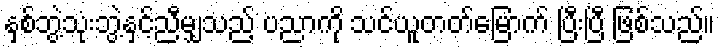
နှစ်ဘွဲ့သုံးဘွဲ့နှင့်ညီမျှသည့် ပညာကို သင်ယူတတ်မြောက် ပြီးပြီ ဖြစ်သည်။